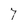
Character: 7